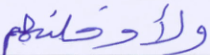
ولأدخلنهم